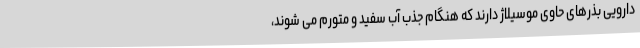
دارویی بذرهای حاوی موسیلاژ دارند که هنگام جذب آب سفید و متورم می شوند،